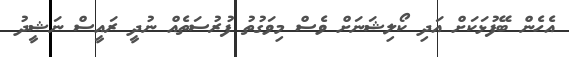
އެހެން ބޭފުޅަކަށް އަދި ކޯލިޝަނަށް ވެސް މިވަގުތު ފުރުސަތެއް ނުދީ ރައީސް ނަޝީދު